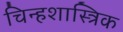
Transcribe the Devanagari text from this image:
चिन्हशास्त्रिक